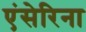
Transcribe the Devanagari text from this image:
एंसेरिना